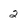
Character: 2